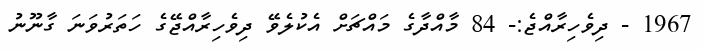
1967 - ދިވެހިރާއްޖެ:- 84 މާއްދާގެ މައްޗަށް އެކުލެވޭ ދިވެހިރާއްޖޭގެ ހަތަރުވަނަ ގާނޫނު